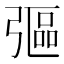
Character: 彄